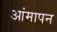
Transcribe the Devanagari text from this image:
आंमापन